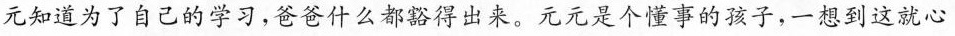
元知道为了自己的学习，爸爸什么都豁得出来。元元是个懂事的孩子，一想到这就心